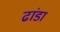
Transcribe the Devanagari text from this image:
ढांडा